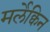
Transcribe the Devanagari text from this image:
मर्लेक्विन